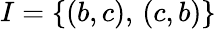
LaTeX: I=\{ (b,c),\, (c,b)\}